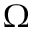
\Omega